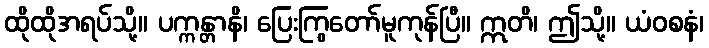
ထိုထိုအရပ်သို့။ ပက္ကန္တာနိ၊ ပြေးကြွတော်မူကုန်ပြီ။ ဣတိ၊ ဤသို့။ ယံဝစနံ၊